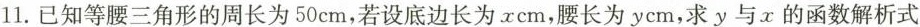
11.已知等腰三角形的周长为50cm，若设底边长为xcm，腰长为ycm，求y与x的函数解析式